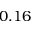
0 . 1 6